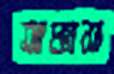
আক্কাসা